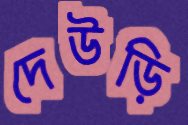
দেউড়ি